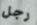
رجل